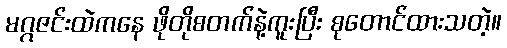
မဂ္ဂဇင်းထဲကနေ ဖိုတိုစတက်နဲ့ကူးပြီး စုတောင်ထားသတဲ့။